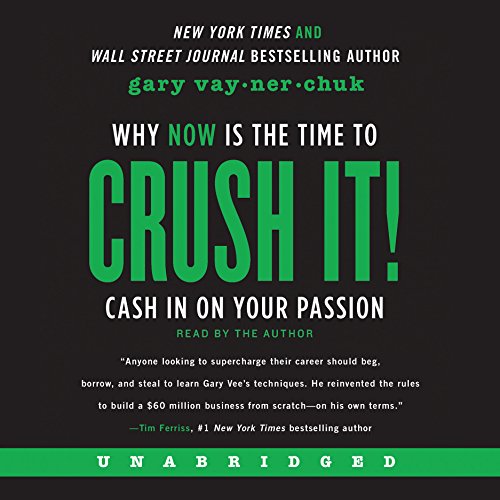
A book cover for Crush It! Why NOW Is the Time to Cash In on Your Passion; Gary Vaynerchuk; Business & Money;